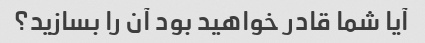
آیا شما قادر خواهید بود آن را بسازید؟